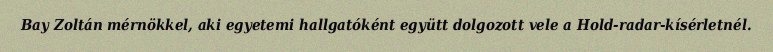
Bay Zoltán mérnökkel, aki egyetemi hallgatóként együtt dolgozott vele a Hold-radar-kísérletnél.